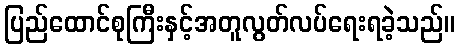
ပြည်ထောင်စုကြီးနှင့်အတူလွတ်လပ်ရေးရခဲ့သည်။